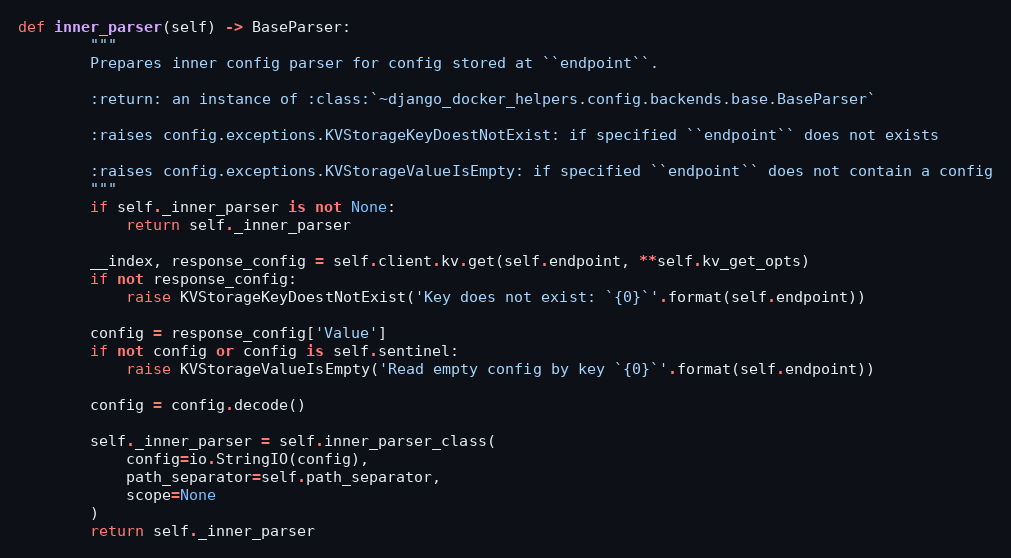
Language: Python
def inner_parser(self) -> BaseParser:
        """
        Prepares inner config parser for config stored at ``endpoint``.

        :return: an instance of :class:`~django_docker_helpers.config.backends.base.BaseParser`

        :raises config.exceptions.KVStorageKeyDoestNotExist: if specified ``endpoint`` does not exists

        :raises config.exceptions.KVStorageValueIsEmpty: if specified ``endpoint`` does not contain a config
        """
        if self._inner_parser is not None:
            return self._inner_parser

        __index, response_config = self.client.kv.get(self.endpoint, **self.kv_get_opts)
        if not response_config:
            raise KVStorageKeyDoestNotExist('Key does not exist: `{0}`'.format(self.endpoint))

        config = response_config['Value']
        if not config or config is self.sentinel:
            raise KVStorageValueIsEmpty('Read empty config by key `{0}`'.format(self.endpoint))

        config = config.decode()

        self._inner_parser = self.inner_parser_class(
            config=io.StringIO(config),
            path_separator=self.path_separator,
            scope=None
        )
        return self._inner_parser